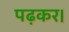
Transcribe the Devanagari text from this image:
पढ़कर।